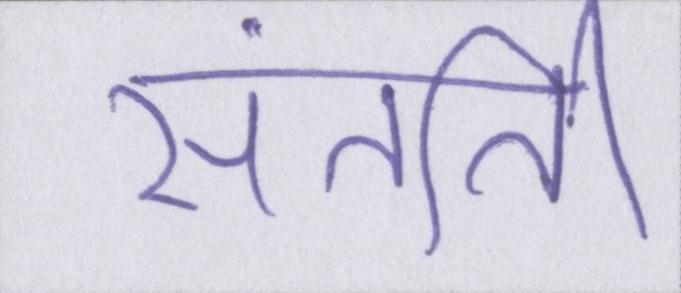
संतति